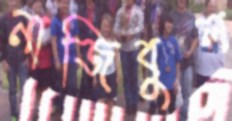
নাজিবুল